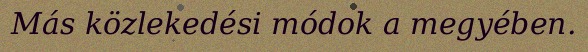
Más közlekedési módok a megyében.